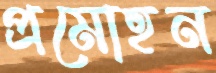
প্রমোহন